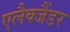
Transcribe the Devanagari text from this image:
एलैक्जैंडर